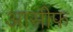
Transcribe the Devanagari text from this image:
आसीफ